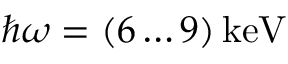
\hbar \omega = ( 6 \dots 9 ) \, \mathrm { k e V }